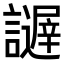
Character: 𧭋